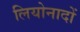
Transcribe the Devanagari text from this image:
लियोनादों